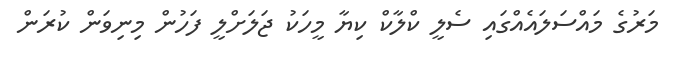
މަރުގެ މައްސަލައެއްގައި ސެލީ ކްލާކް ކިޔާ މީހަކު ޖަލަށްލީ ފަހުން މިނިވަން ކުރަން